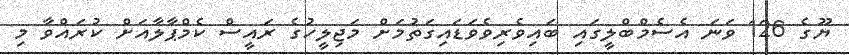
ޔޫގެ 126 ވަނަ އެސެމްބްލީގައި ބައިވެރިވެވަޑައިގަތުމަށް މަޖިލީހުގެ ރައީސް ކެމްޕާލާއަށް ކުރައްވާ މި